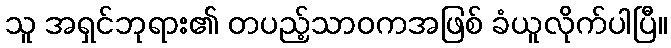
သူ အရှင်ဘုရား၏ တပည့်သာဝကအဖြစ် ခံယူလိုက်ပါပြီ။